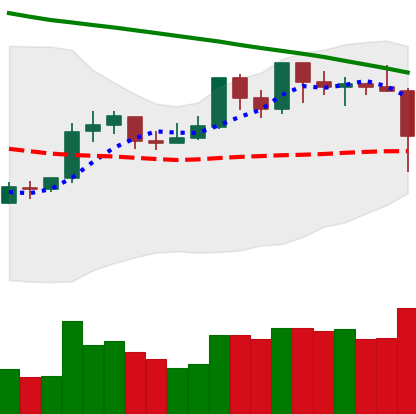
Ticker: XRP-USD
Chart end date: 2019-10-23
Forward return: 7.975%
Label: up_7plus